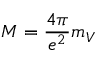
M = { \frac { 4 \pi } { e ^ { 2 } } } m _ { V }